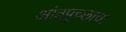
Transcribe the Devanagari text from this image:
आंत्रपुच्छाचा